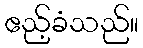
ဧည့်ခံသည်။